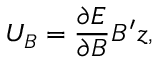
U _ { B } = \frac { \partial { E } } { \partial { B } } B ^ { \prime } z ,